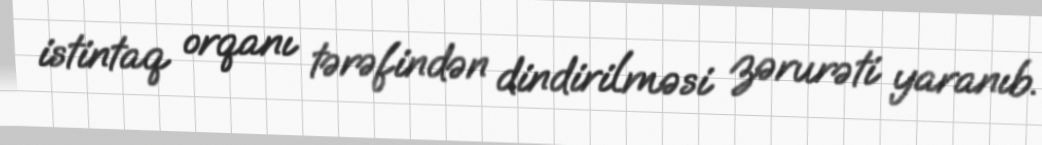
istintaq orqanı tərəfindən dindirilməsi zərurəti yaranıb.